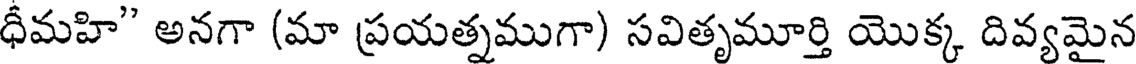
ధీమహి" అనగా (మా ప్రయత్నముగా) సవితృమూర్తి యొక్క దివ్యమైన